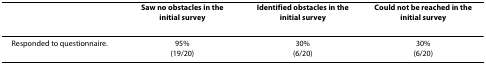
|  | Saw no obstacles in the initial survey | Identified obstacles in the initial survey | Could not be reached in the initial survey |
 | --- | --- | --- | --- |
 | Responded to questionnaire. | 95%(19/20) | 30%(6/20) | 30%(6/20) |